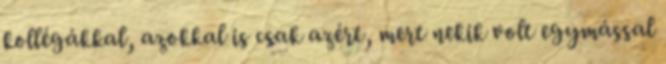
kollégákkal, azokkal is csak azért, mert nekik volt egymással